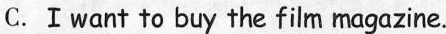
C.Ⅰwant to buy the film magazine.